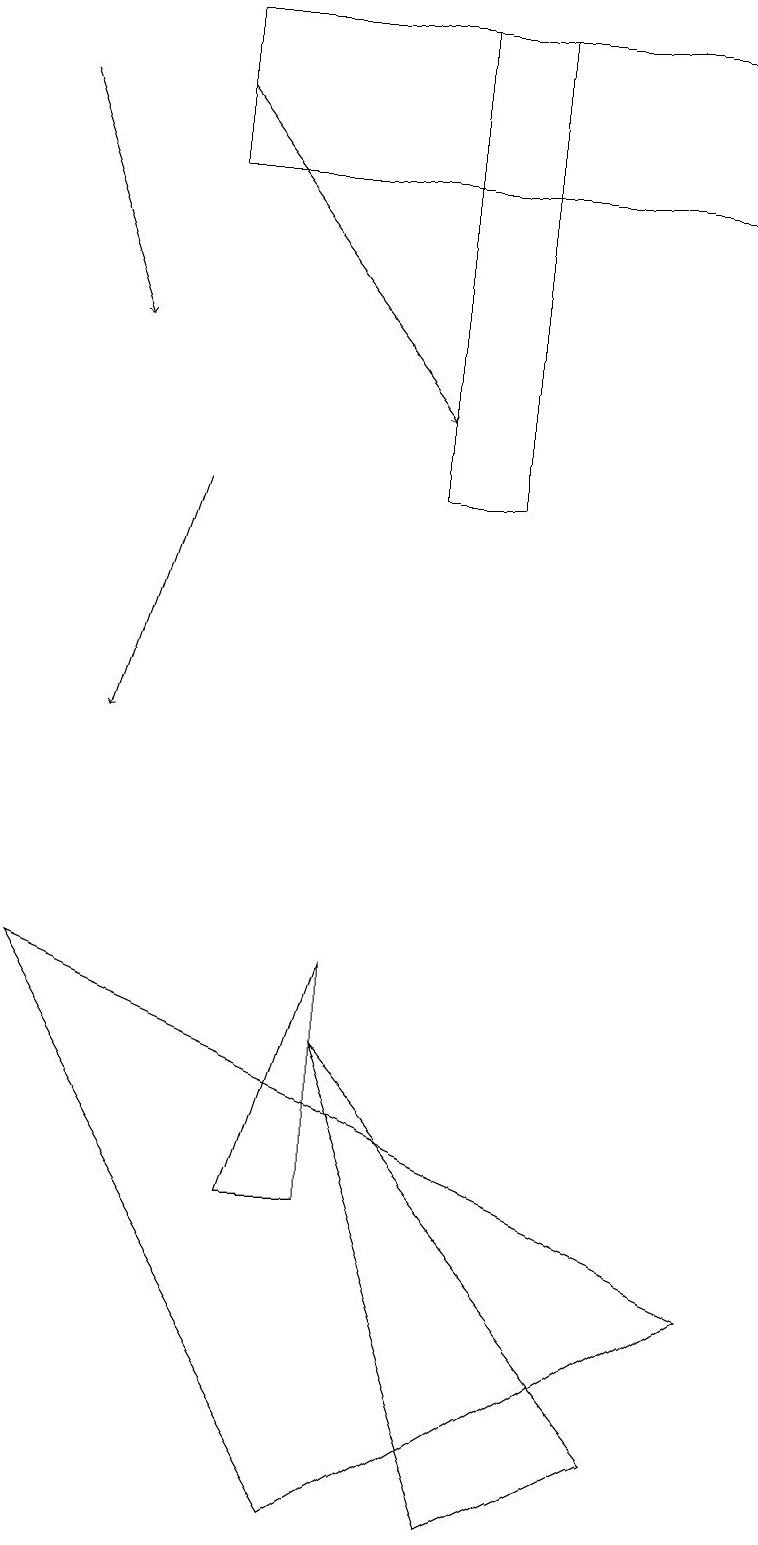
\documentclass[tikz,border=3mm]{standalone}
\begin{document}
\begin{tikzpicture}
\draw (0,7) -- (4,0) -- (9,3) -- cycle;
\draw[->] (2,13) -- (1,10);
\draw (6,19) rectangle (5,13);
\draw (4,4) -- (3,4) -- (4,7) -- cycle;
\draw[->] (0,18) -- (1,15);
\draw (4,6) -- (6,0) -- (8,1) -- cycle;
\draw[->] (2,18) -- (5,14);
\draw (2,17) rectangle (9,19);
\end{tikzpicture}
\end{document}